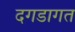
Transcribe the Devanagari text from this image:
दगडागत